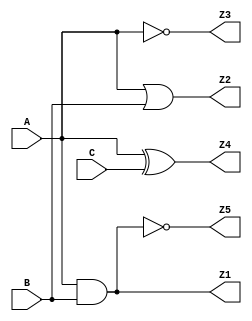
module combinational_logic (
    input wire A,      // Input A
    input wire B,      // Input B
    input wire C,      // Input C
    output wire Z1,    // Output Z1 (A AND B)
    output wire Z2,    // Output Z2 (A OR B)
    output wire Z3,    // Output Z3 (NOT A)
    output wire Z4,    // Output Z4 (A XOR C)
    output wire Z5     // Output Z5 (A NAND B)
);

// Logic Implementation
assign Z1 = A & B;        // AND operation
assign Z2 = A | B;        // OR operation
assign Z3 = ~A;           // NOT operation
assign Z4 = A ^ C;        // XOR operation
assign Z5 = ~(A & B);     // NAND operation

endmodule